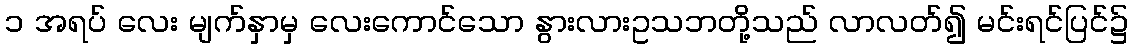
၁ အရပ် လေး မျက်နှာမှ လေးကောင်သော နွားလားဥသဘတို့သည် လာလတ်၍ မင်းရင်ပြင်၌